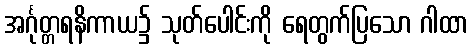
အင်္ဂုတ္တရနိကာယ၌ သုတ်ပေါင်းကို ရေတွက်ပြသော ဂါထာ